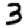
Digit: 3